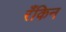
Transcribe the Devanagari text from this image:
रँकिन